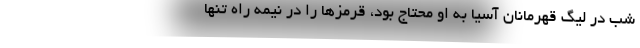
شب در لیگ قهرمانان آسیا به او محتاج بود، قرمزها را در نیمه راه تنها